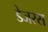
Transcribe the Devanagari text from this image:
डेजरस